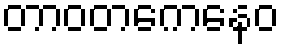
တာဝတကေနေဝ